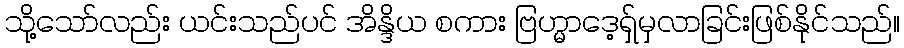
သို့သော်လည်း ယင်းသည်ပင် အိန္ဒိယ စကား ဗြဟ္မာဒေ့ရှ်မှလာခြင်းဖြစ်နိုင်သည်။